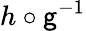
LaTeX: h\circ\mathsf{g}^{-1}